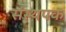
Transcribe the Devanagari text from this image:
संस्थपक